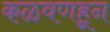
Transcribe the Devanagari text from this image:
कळवणहून